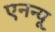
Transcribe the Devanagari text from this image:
एनन्यू